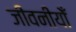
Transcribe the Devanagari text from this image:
जीवनीयोँ